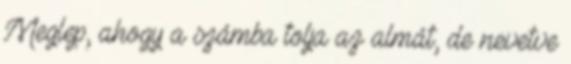
Meglep, ahogy a számba tolja az almát, de nevetve